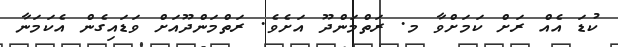
ކުޑަ އެއް ރަށް ކަމަށްވާ މ. ރަތްމަންދޫ އަށެވެ. ރަތްމަންދޫއަށް ވަޑައިގެން އެކަމަނާ